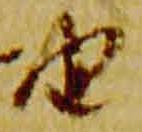
由